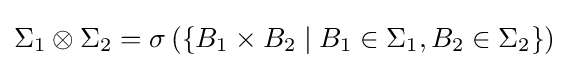
\Sigma _{1}\otimes \Sigma _{2}=\sigma \left(\lbrace B_{1}\times B_{2}\mid B_{1}\in \Sigma _{1},B_{2}\in \Sigma _{2}\rbrace \right)